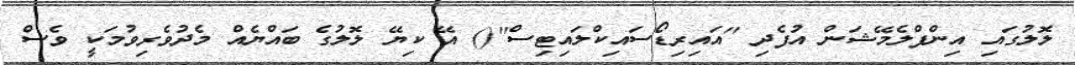
ލޮލުގައި އިންފްލެމޭޝަން އުފެދި ''އައިރިޑޯސައިކްލައިޓިސް''() އޭ ކިޔޭ ލޮލުގެ ބައްޔެއް މެދުވެރިވުމަކީ ވެސް